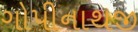
ગોપીનાથજી